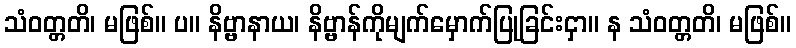
သံဝတ္တတိ၊ မဖြစ်။ ပ။ နိဗ္ဗာနာယ၊ နိဗ္ဗာန်ကိုမျက်မှောက်ပြုခြင်းငှာ။ န သံဝတ္တတိ၊ မဖြစ်။